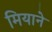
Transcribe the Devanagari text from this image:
मियाने